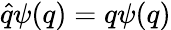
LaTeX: {\hat{q}}\psi(q)=q\psi(q)